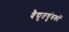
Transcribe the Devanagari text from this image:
वैद्युतचुंबकों